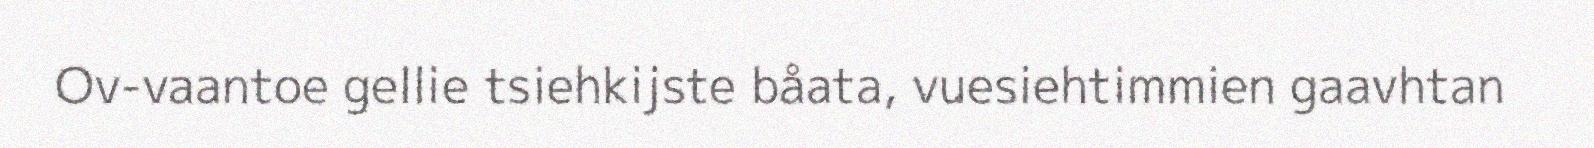
Ov-vaantoe gellie tsiehkijste båata, vuesiehtimmien gaavhtan